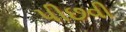
પીછવી